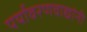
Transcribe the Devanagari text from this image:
पर्यावरणवाद्यांनी